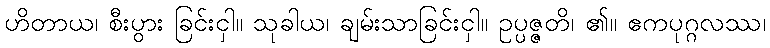
ဟိတာယ၊ စီးပွား ခြင်းငှါ။ သုခါယ၊ ချမ်းသာခြင်းငှါ။ ဥပ္ပဇ္ဇတိ၊ ၏။ ဧကပုဂ္ဂလဿ၊